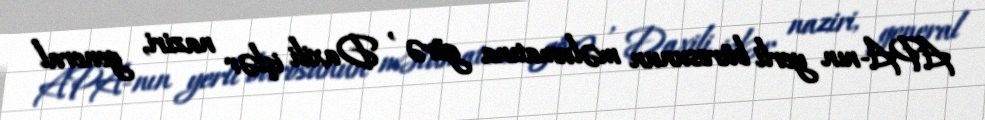
APA-nın yerli bürosunun məlumatına görə , Daxili işlər naziri, general